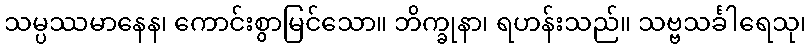
သမ္ပဿမာနေန၊ ကောင်းစွာမြင်သော။ ဘိက္ခုနာ၊ ရဟန်းသည်။ သဗ္ဗသင်္ခါရေသု၊